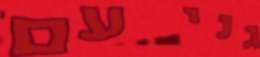
גני עם